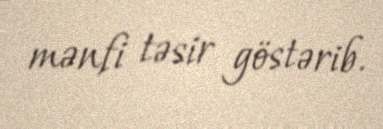
mənfi təsir göstərib.